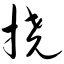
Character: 挠